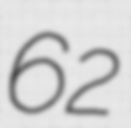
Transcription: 62